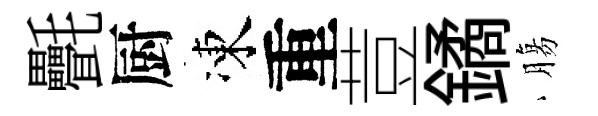
㲲厨凍重荳鐍膓